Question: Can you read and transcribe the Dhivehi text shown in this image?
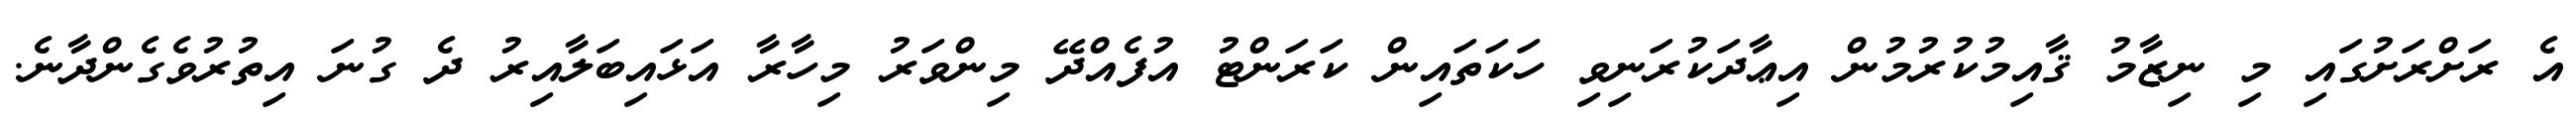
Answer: އެ ރަށްރަށުގައި މި ނިޒާމު ޤާއިމުކުރުމުން އިޢާދަކުރަނިވި ހަކަތައިން ކަރަންޓު އުފެއްދޭ މިންވަރު މިހާރާ އަޅައިބަލާއިރު ދެ ގުނަ އިތުރުވެގެންދާނެ.